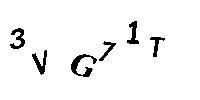
3VG71T